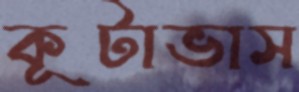
কূটাভাস